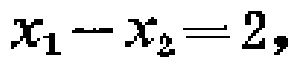
\(x_{1}-x_{2}=2,\)